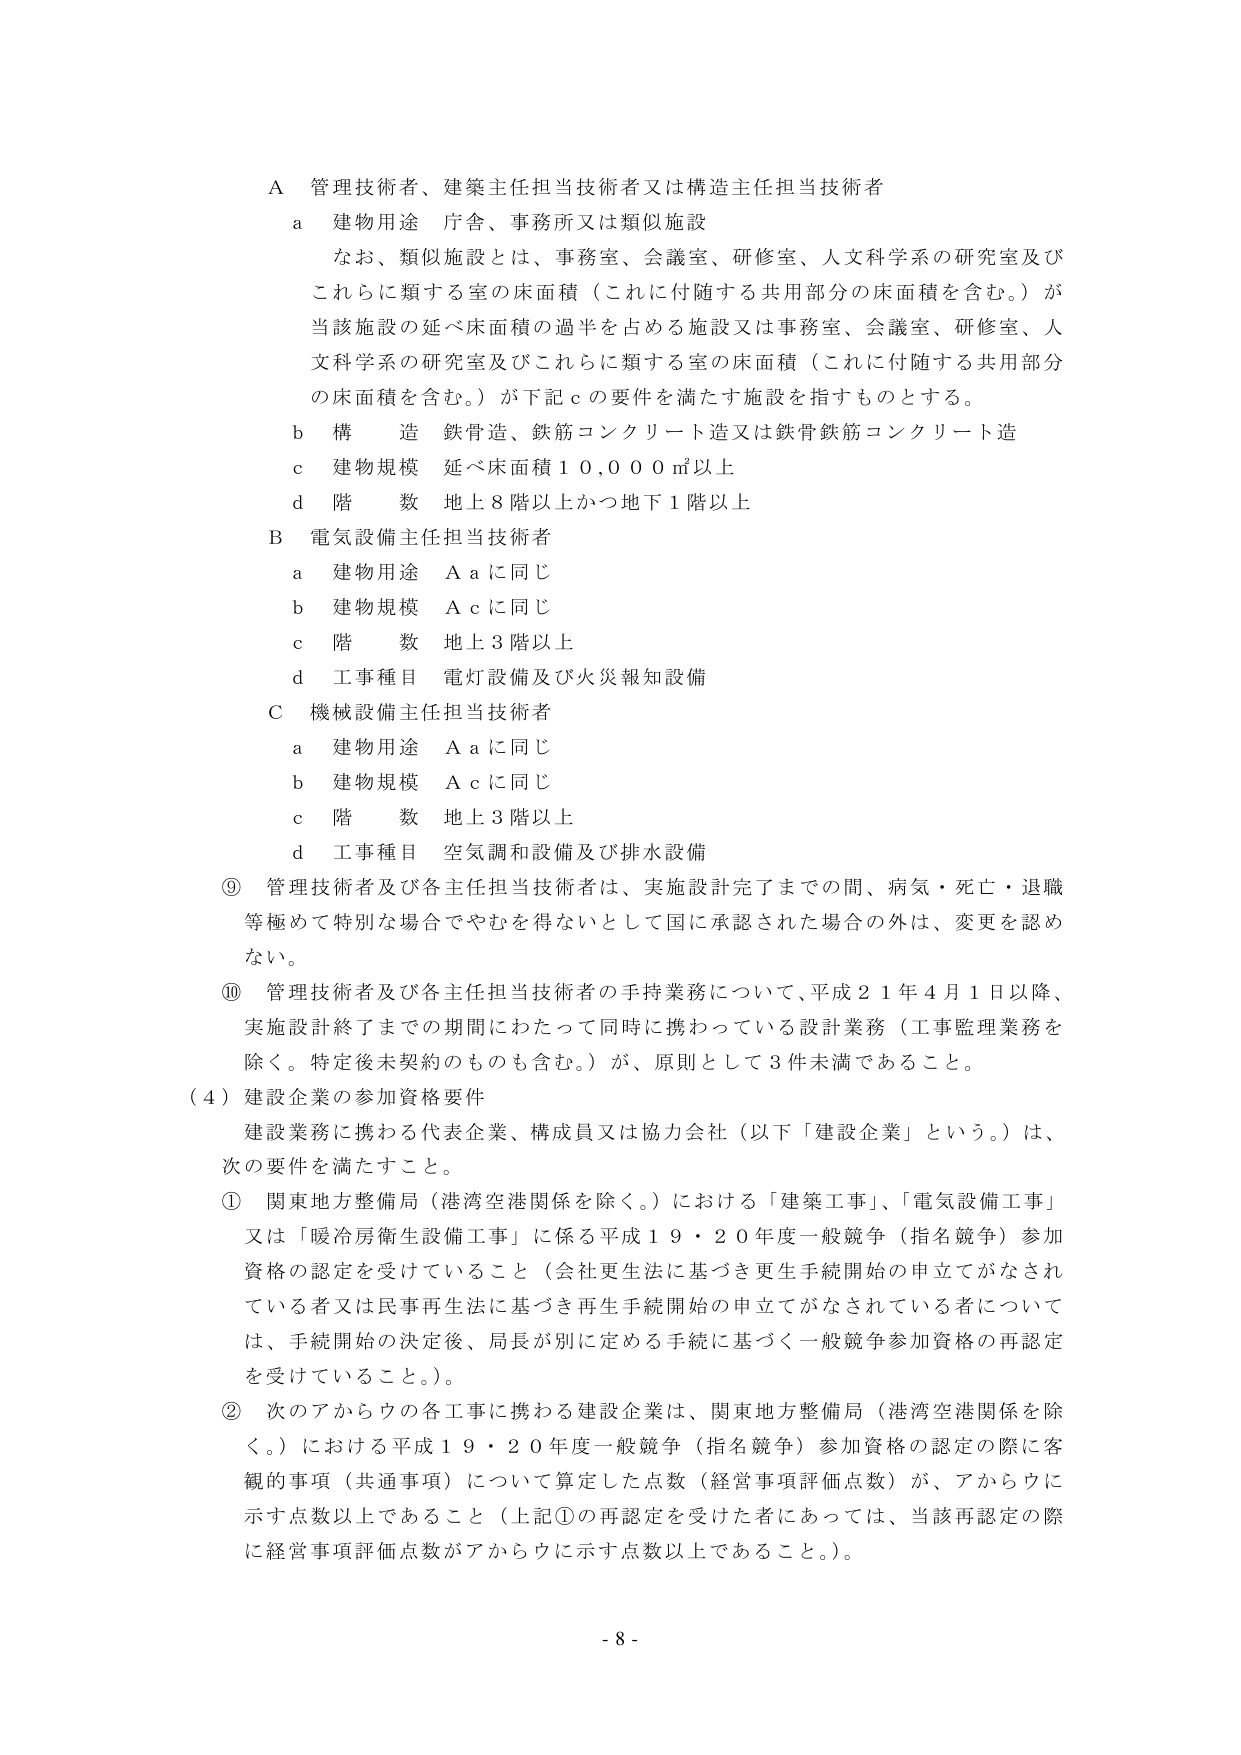
A 管理技術者、建築主任担当技術者又は構造主任担当技術者
a 建物用途 庁舎、事務所又は類似施設
　なお、類似施設とは、事務室、会議室、研修室、人文科学系の研究室及び
　これらに類する室の床面積（これに付随する共用部分の床面積を含む。）が
　当該施設の延べ床面積の過半を占める施設又は事務室、会議室、研修室、人
　文科学系の研究室及びこれらに類する室の床面積（これに付随する共用部分
　の床面積を含む。）が下記ｃの要件を満たす施設を指すものとする。
b 構 造 鉄骨造、鉄筋コンクリート造又は鉄骨鉄筋コンクリート造
c 建物規模 延べ床面積１０,０００㎡以上
d 階 数 地上８階以上かつ地下１階以上

B 電気設備主任担当技術者
a 建物用途 Ａａに同じ
b 建物規模 Ａｃに同じ
c 階 数 地上３階以上
d 工事種目 電灯設備及び火災報知設備

C 機械設備主任担当技術者
a 建物用途 Ａａに同じ
b 建物規模 Ａｃに同じ
c 階 数 地上３階以上
d 工事種目 空気調和設備及び排水設備

⑨ 管理技術者及び各主任担当技術者は、実施設計完了までの間、病気・死亡・退職
　等極めて特別な場合でやむを得ないとして国に承認された場合の外は、変更を認め
　ない。

⑩ 管理技術者及び各主任担当技術者の手持業務について、平成２１年４月１日以降、
　実施設計終了までの期間にわたって同時に携わっている設計業務（工事監理業務を
　除く。特定後未契約のものも含む。）が、原則として３件未満であること。

（４）建設企業の参加資格要件
　建設業務に携わる代表企業、構成員又は協力会社（以下「建設企業」という。）は、
　次の要件を満たすこと。

① 関東地方整備局（港湾空港関係を除く。）における「建築工事」、「電気設備工事」
　又は「暖冷房衛生設備工事」に係る平成１９・２０年度一般競争（指名競争）参加
　資格の認定を受けていること（会社更生法に基づき更生手続開始の申立てがなされ
　ている者又は民事再生法に基づき再生手続開始の申立てがなされている者について
　は、手続開始の決定後、局長が別に定める手続に基づく一般競争参加資格の再認定
　を受けていること。）。

② 次のアからウの各工事に携わる建設企業は、関東地方整備局（港湾空港関係を除
　く。）における平成１９・２０年度一般競争（指名競争）参加資格の認定の際に客
　観的事項（共通事項）について算定した点数（経営事項評価点数）が、アからウに
　示す点数以上であること（上記①の再認定を受けた者にあっては、当該再認定の際
　に経営事項評価点数がアからウに示す点数以上であること。）。

- 8 -